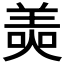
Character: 𦎙